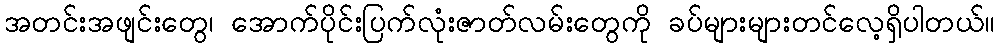
အတင်းအဖျင်းတွေ၊ အောက်ပိုင်းပြက်လုံးဇာတ်လမ်းတွေကို ခပ်များများတင်လေ့ရှိပါတယ်။